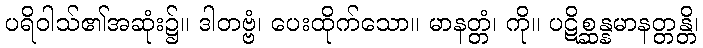
ပရိဝါသ်၏အဆုံး၌။ ဒါတဗ္ဗံ၊ ပေးထိုက်သော။ မာနတ္တံ၊ ကို။ ပဋိစ္ဆန္နမာနတ္တန္တိ၊